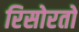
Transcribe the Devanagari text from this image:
रिसोरतो